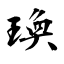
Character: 瑍